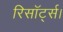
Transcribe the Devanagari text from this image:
रिसॉर्ट्स।